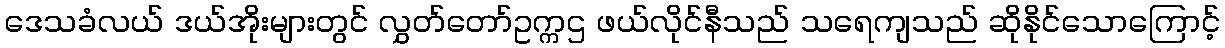
ဒေသခံလယ် ဒယ်အိုးများတွင် လွှတ်တော်ဥက္ကဌ ဖယ်လိုင်နီသည် သရေကျသည် ဆိုနိုင်သောကြောင့်